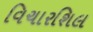
વિચારશિલ